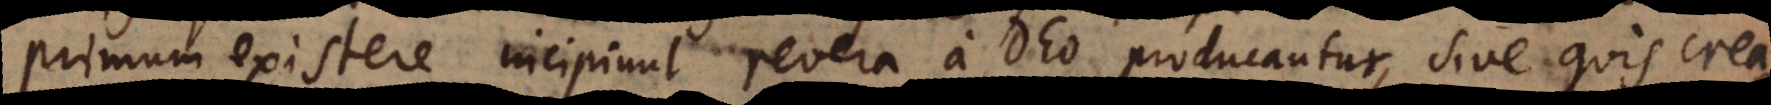
primum existere incipiunt revera a Deo producantur, sive quis crea